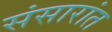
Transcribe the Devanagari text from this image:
संसारांत